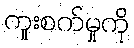
ကူးစက်မှုကို